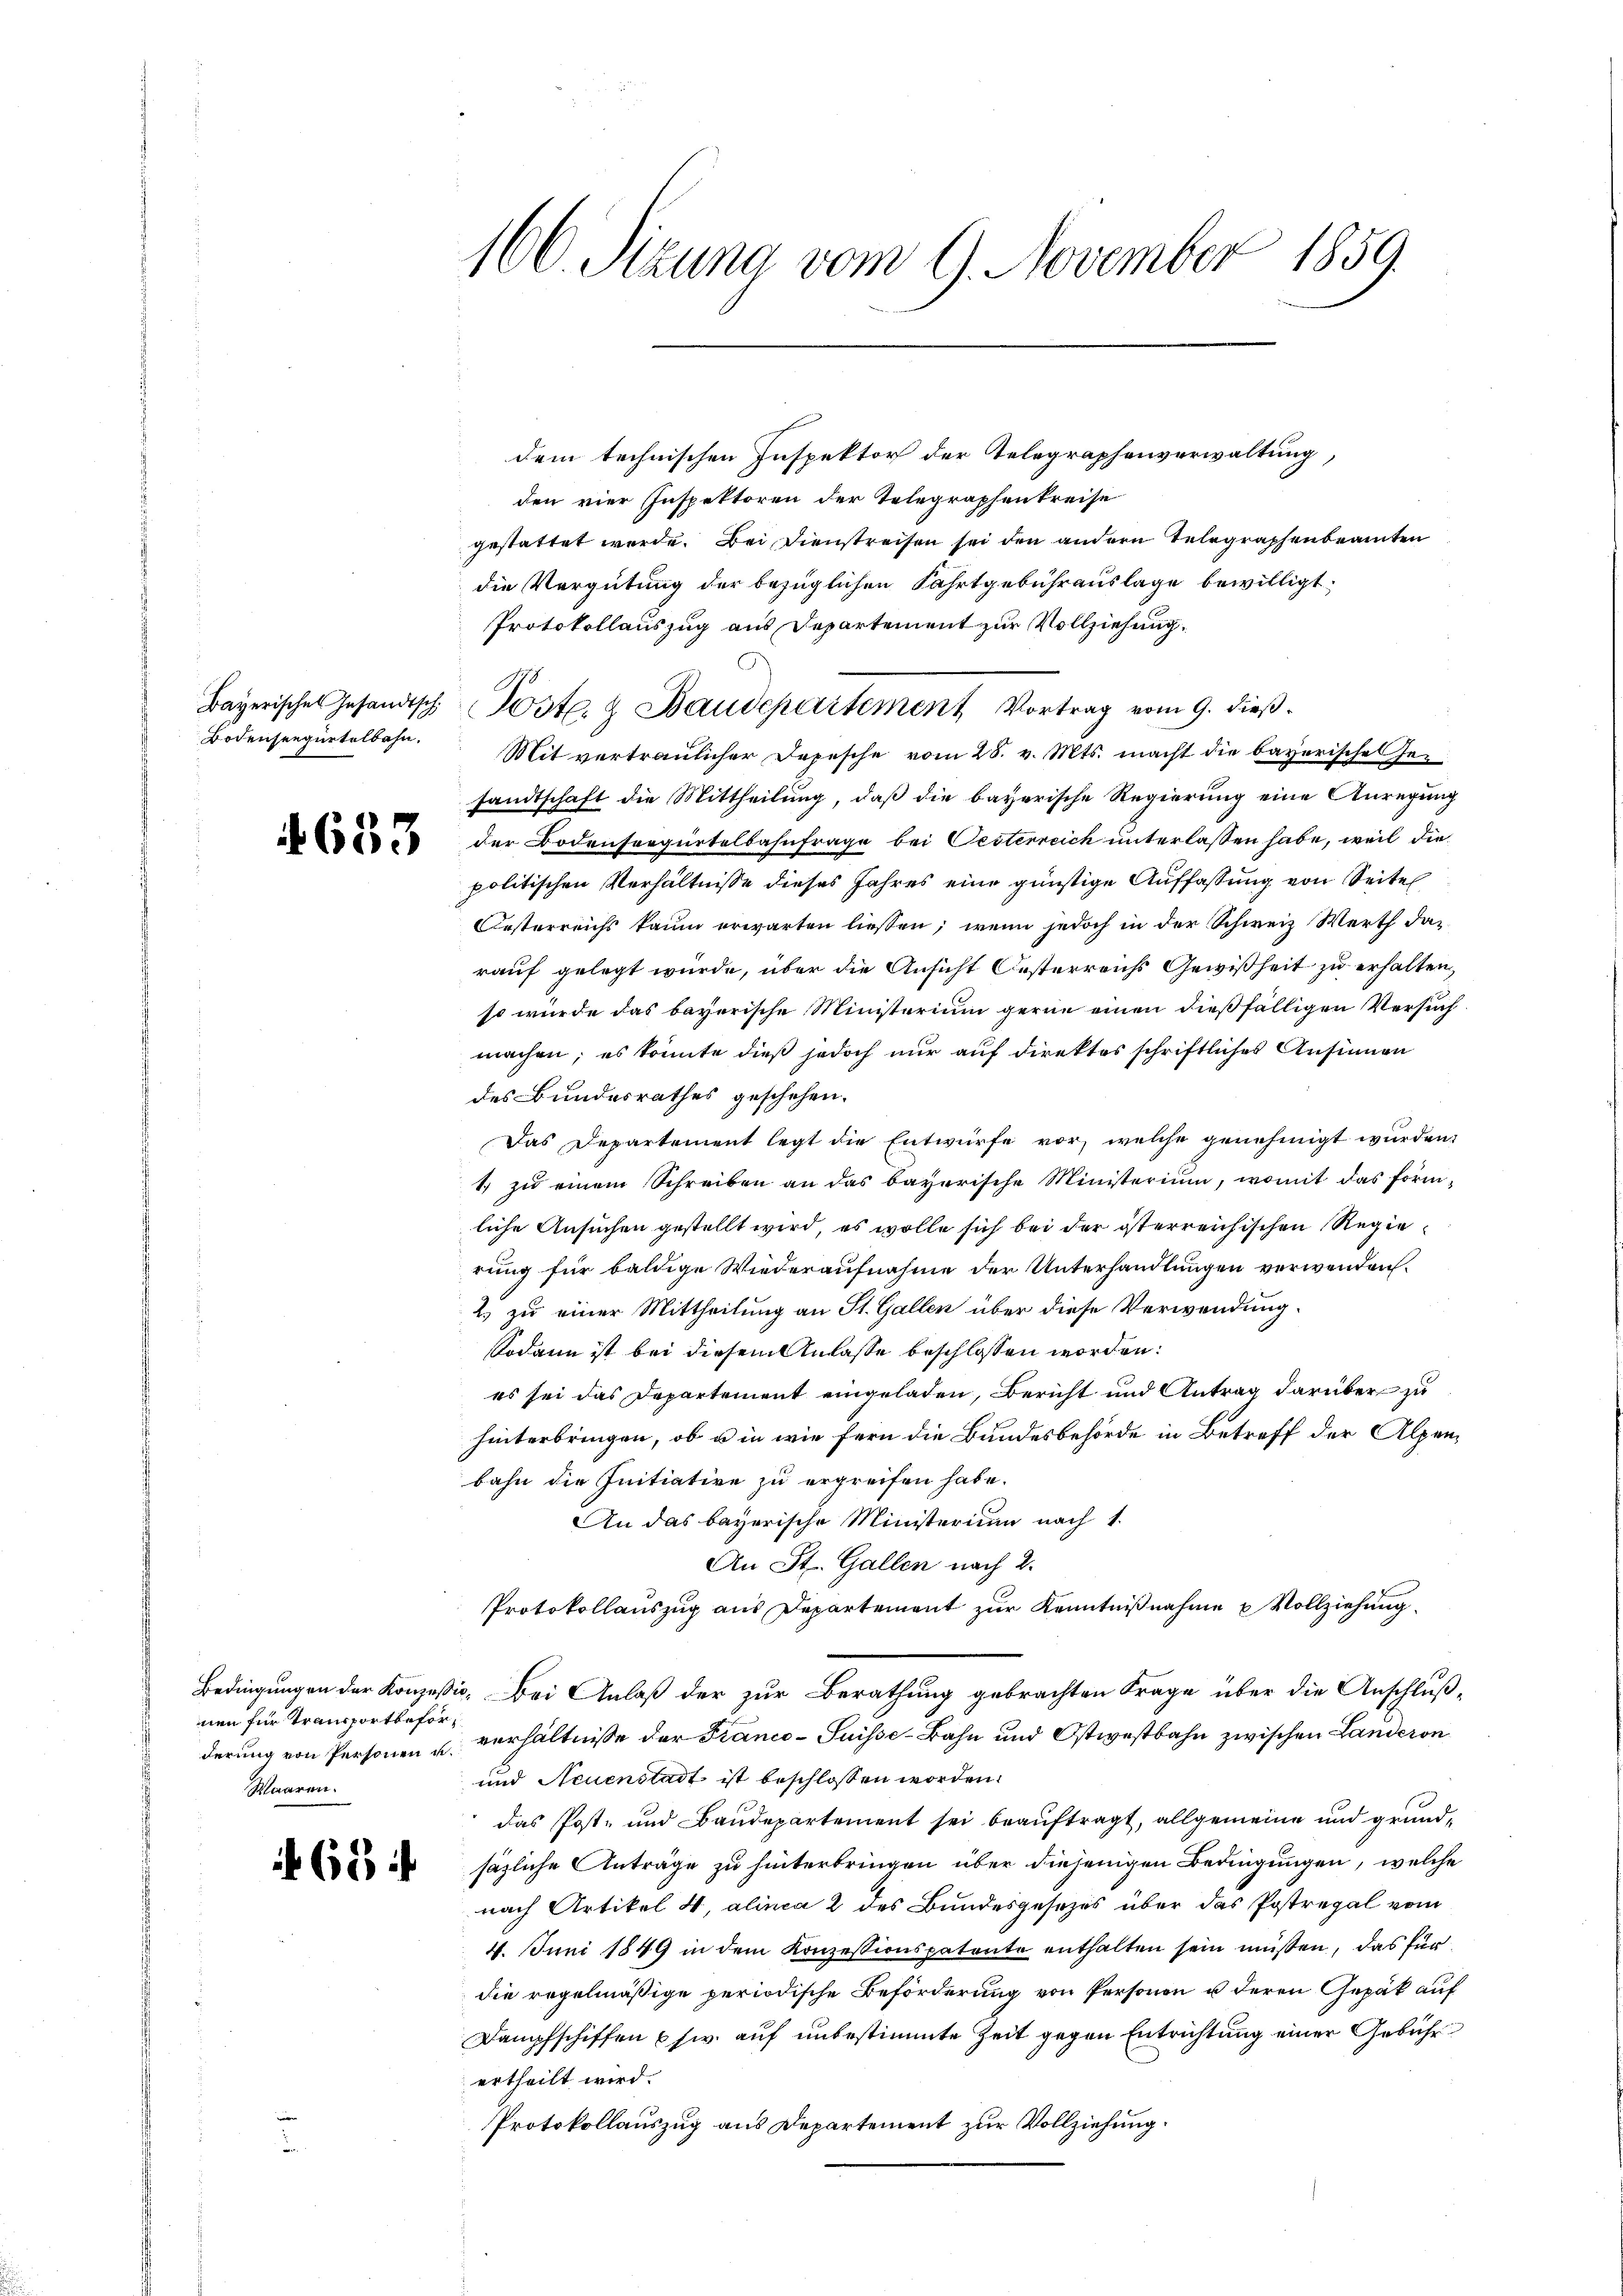
Bodenseegürtelbahn.

633

nen für Transportbeför¬
Waaren.

654

160. Stzung vom 9. November 1859.

dem technischen Inspektor der Telegraphenverwaltung,
den vier Inspektoren der Telegraphenkreise
gestattet werde. Bei Dienstreisen sei den andern Telegraphenbeamten
die Vergütung der bezüglichen Fahrtgebührenslage bewilligt.
Protokollauszug aus Departement zur Vollziehung.
Mit vertraulicher Depesche vom 28. v. Mts. macht die bayerische Jesandtschaft die Mittheilung, daß die bayerische Regierung eine Anregung
der Bodenseegürtelbahnfrage bei Oesterreich unterlassen habe, weil die
politischen Verhältnisse dieses Jahres eine günstige Auffassung von Seitel
Kosterreichs kaum erwarten liessen; wenn jedoch in der Schweiz Werth darauf gelegt würde, über die Ansicht Oesterreichs Gewißheit zu erhalten,
so würde das bayerische Ministerium gerne einen dießfälligen Versuchmachen; es könnte dieß jedoch nur auf direktor schriftliches Ansinnen
des Bundesrathes geschehen.
Das Departement legt die Entwürfe vor, welche genehmigt wurden,
1 zu einem Schreiben an das bayerische Ministerium, womit das förmliche Ansuchen gestellt wird, es wolle sich bei der österreichischen Regierung für baldige Wiederaufnahme der Unterhandlungen verwenden.
2) zu einer Mittheilung an St. Gallen über diese Verwendung.
Sodann ist bei diesem Anlasse beschlossen worden.
es sei das Departement eingeladen, Bericht und Antrag darüber zu
hinterbringen, ob u in wie fern die Bundesbehörde in Betreff der Alpenbahn die Initiative zu ergreifen habe.
An das bayerische Ministerium nach 1.
An St. Gallen nach 2.
Protokollauszug aus Departement zur Kenntnißnahme u Vollziehung.
Bedingungen der Konzessio. Bei Anlaß der zur Berathung gebrachten Frage über die Anschlußderung von Personen u. verhältnisse der Franco-Suisse-Bahn und Ostwestbahn zwischen Landeron
und Neuenstadt ist beschlossen worden.
das Post- und Baudepartement sei beauftragt, allgemeine und grundsägliche Anträge zu hinterbringen über diejenigen Bedingungen, welche
nach Artikel 4, alinea 2 des Bundesgesezes über das Postregal vom
4. Juni 1849 in dem Konzessionspatente enthalten sein müssen, das für
die regelmäßige periodische Beförderung von Personen u deren Gepäck auf
Dampfschiffen usw. auf unbestimmte Zeit gegen Entrichtung einer Gebühr
ertheilt wird.
Protokollauszug aus Departement zur Vollziehung.

Bayerisches Gesandtsch (Post- & Baudepartement Vortrag vom 9. dieß.